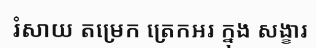
រំសាយ តម្រេក ត្រេកអរ ក្នុង សង្ខារ